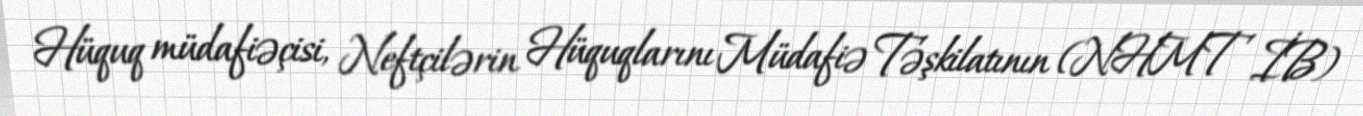
Hüquq müdafiəçisi, Neftçilərin Hüquqlarını Müdafiə Təşkilatının (NHMT İB)